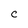
Character: c